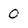
Character: 0